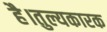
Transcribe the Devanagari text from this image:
है।तुल्यकारक